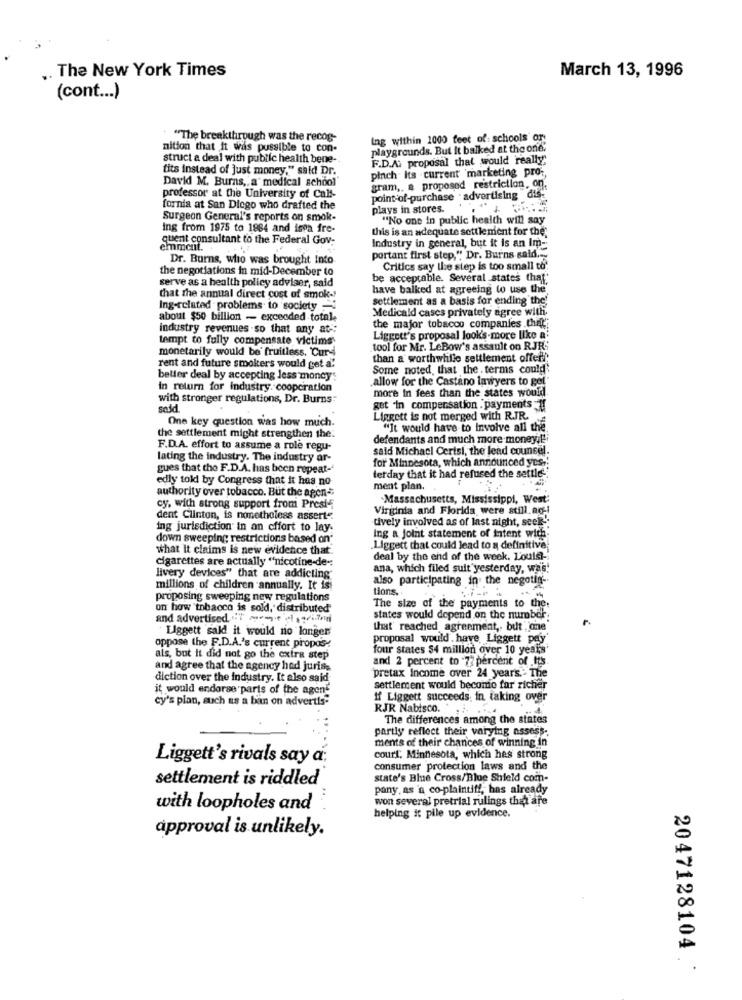
The New York Times
March 13, 1996
(cont ... )
"The breakthrough was the recog-
tag within 1000 feet of: schools or
nition that it was possible to con-
playgrounds. But It balked at the one,
struct a deal with public health bene-
F.D.A. proposal that would really;
fits Instead of just money," said! Dr.
pinch its current 'marketing pro -,
David M. Burns ,, a" medical school"
gram ,, a proposed restriction, on.
professor at the University of Call-
point-of-purchase . advertising dif.
fornia at San Diego who drafted the
plays in stores.
Surgeon General's reports on smok-
"No one in public health will say
Ing from 1975 to 1884 and ista fre-
this is an adequate settlement for the;
quent consultant to the Federal Gov-
emment.
Industry in general, but it is an im-
Dr. Burns, who was brought Into
portant first step," Dr. Burns said .-
the negotiations in mid-December to
Critics say the step is too small to"
be acceptable. Several states that
serve as a health policy adviser, said
have balked at agreeing to use the
that the annual direct cost of smok -!
settlement as a basis for ending the!
Ing-related problems. to society -
Medicald cases privately agree with.
about $50 billion - exceeded totale
industry revenues .so that any at-
the major tobacco companies .thel';
tempt to fully compensate victims
Liggett's proposal look's-more like a
monetarily would be fruitless, "Curd
tool for Mr. LeBow's assault on RJR:
than a worthwhile settlement offef.
rent and future smokers would get a:
Some noted, that the . terms could:
better deal by accepting Jess money
in return for industry. cooperation
allow for the Castano lawyers to get"
more In fees than the states would.
with stronger regulations, Dr. Burns"
sedd.
get 'in compensation . payments i
One key question was how much.
Liggett is not merged with RJR.
"It would have to involve all the.
the settlement might strengthen the.
defendants and much more money,l'i
F.D.A. effort to assume a role regu-
said Michacl Certsi, the lead counsel.
lating the industry. The industry ar-
for Minnesota, which announced yes ..
gues that the F.D.A. has been repeat-
edly told by Congress that it has no
terday that it had refused the settle
authority over tobacco. But the agen-
ment plan.
Massachusetts, Mississippi, West:
cy, with strong support from Presis
Virginia and Florida were still.ag -!
dent Clinton, is nonetheless assert".
tively involved as of last night, seek-
ing jurisdiction in an effort to lay.
down sweeping restrictions based on"
Ing a Joint statement of intent with
what it claims is new evidence that.
Liggett that could lead to a definitive;
cigarettes are actually "nicotine-de-
deal by the end of the week. L'ouls-
ana, which filed suit yesterday, wa's!
livery devices" that are addicting
also participating in the negotia-
millions of children annually. It is
tions.
proposing sweeping new regulations
The size of the payments to the:
on how tobacco is sold, distributed"
and advertised. 7 2
states would depend on the number
F.
Liggett sald it would no longer
that' reached agreement, but one
proposal would . have Liggett pay
oppose the F.D.A.'s current propos-
four states $4 million over 10 years'
als, but it did not go the extra step
and 2 percent to 73 percent of its
and agree that the agency hed juris-
diction over the industry. It also said
pretax Income over 24 years .- The
it would endorse parts of the agent
settlement would becomo far richer
cy's plan, such as a ban on advertis-
if Liggett succeeds, in taking over
RJR Nabisco.
The differences among the states
partly reflect their varying assess -.
ments of their chances of winning in
Liggett's rivals say a:
court, Minnesota, which hes strong
consumer protection laws and the
settlement is riddled
state's Blue Cross/Blue Shield com-
pany, as 'a co-plaintiff, has already
won several pretrial rulings that are
with loopholes and
helping it pile up evidence.
approval is unlikely.
2047128104.